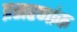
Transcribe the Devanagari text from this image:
प्रसरणांक